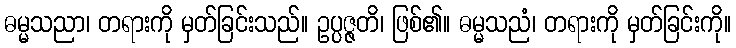
ဓမ္မသညာ၊ တရားကို မှတ်ခြင်းသည်။ ဥပ္ပဇ္ဇတိ၊ ဖြစ်၏။ ဓမ္မသညံ၊ တရားကို မှတ်ခြင်းကို။